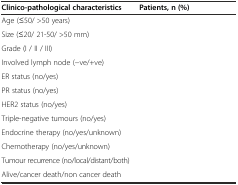
<table><thead><tr><td><b>Clinico-pathological characteristics</b></td><td><b>Patients, n (%)</b></td></tr></thead><tbody><tr><td>Age (≤50/ &gt;50 years)</td><td>[EMPTY_CELL]</td></tr><tr><td>Size (≤20/ 21-50/ &gt;50 mm)</td><td>[EMPTY_CELL]</td></tr><tr><td>Grade (I / II / III)</td><td>[EMPTY_CELL]</td></tr><tr><td>Involved lymph node (-ve/+ve)</td><td>[EMPTY_CELL]</td></tr><tr><td>ER status (no/yes)</td><td>[EMPTY_CELL]</td></tr><tr><td>PR status (no/yes)</td><td>[EMPTY_CELL]</td></tr><tr><td>HER2 status (no/yes)</td><td>[EMPTY_CELL]</td></tr><tr><td>Triple-negative tumours (no/yes)</td><td>[EMPTY_CELL]</td></tr><tr><td>Endocrine therapy (no/yes/unknown)</td><td>[EMPTY_CELL]</td></tr><tr><td>Chemotherapy (no/yes/unknown)</td><td>[EMPTY_CELL]</td></tr><tr><td>Tumour recurrence (no/local/distant/both)</td><td>[EMPTY_CELL]</td></tr><tr><td>Alive/cancer death/non cancer death</td><td>[EMPTY_CELL]</td></tr></tbody></table>